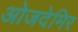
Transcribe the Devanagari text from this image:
ओजदेमिर